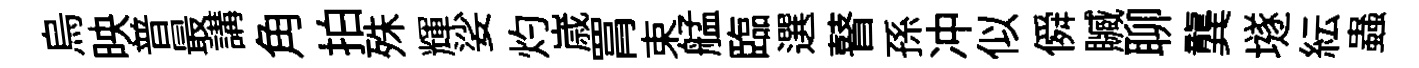
烏映普最講角拍殊輝娑灼𡻕罥束艋臨選瞽孫冲似僢贓聊龔𡑞紜蟲